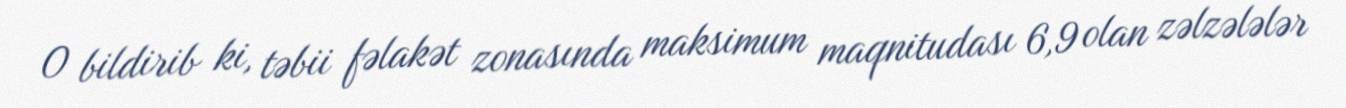
O bildirib ki, təbii fəlakət zonasında maksimum maqnitudası 6,9 olan zəlzələlər